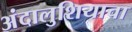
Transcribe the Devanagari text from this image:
अंदालुशियाचा